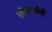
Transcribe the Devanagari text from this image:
लीपकलेई